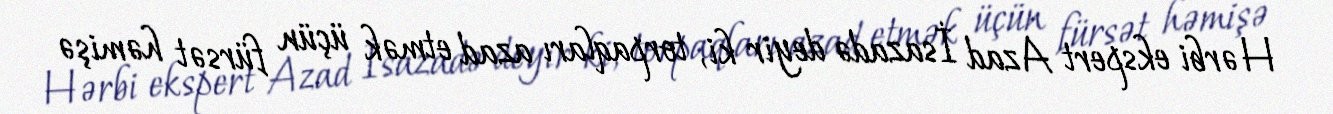
Hərbi ekspert Azad İsazadə deyir ki, torpaqları azad etmək üçün fürsət həmişə